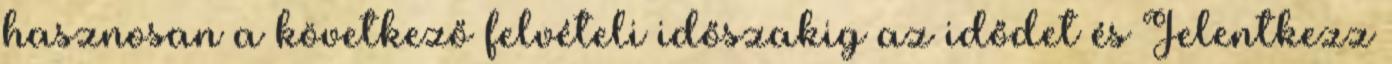
hasznosan a következő felvételi időszakig az idődet és Jelentkezz